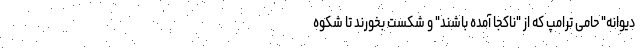
دیوانه" حامی ترامپ که از "ناکجا آمده باشند" و شکست بخورند تا شکوه